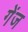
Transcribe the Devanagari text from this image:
गेंज